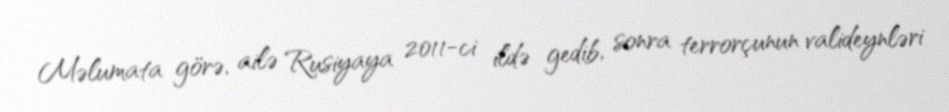
Məlumata görə, ailə Rusiyaya 2011-ci ildə gedib, sonra terrorçunun valideynləri